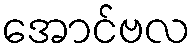
အောင်ဗလ